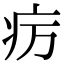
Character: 疠